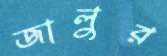
জালুর